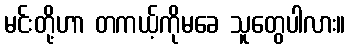
မင်းတို့ဟာ တကယ့်ကိုမခေ သူတွေပါလား။